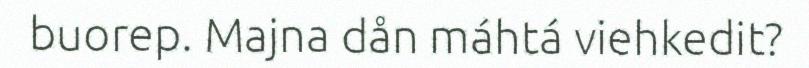
buorep. Majna dån máhtá viehkedit?